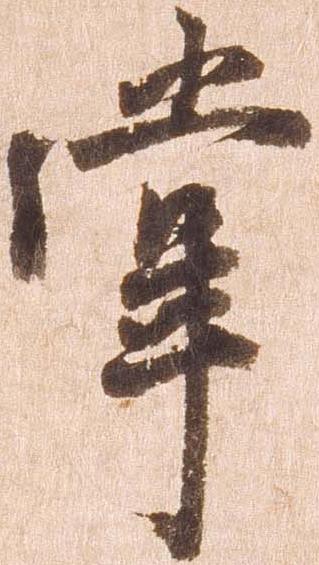
掌